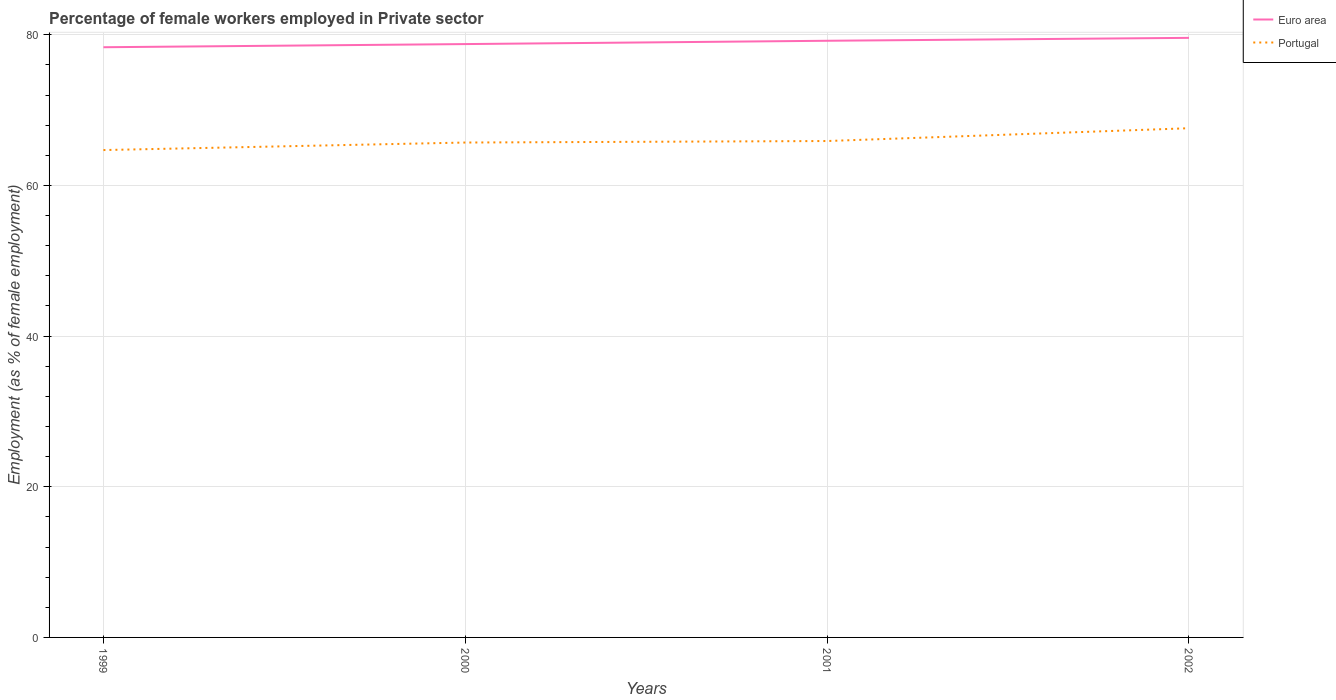
| Years | Euro area | Portugal |
 | --- | --- | --- |
 | 1999 | 78.4 | 64.7 |
 | 2000 | 78.8 | 65.7 |
 | 2001 | 79.2 | 65.9 |
 | 2002 | 79.6 | 67.6 |